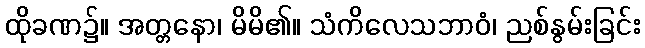
ထိုခဏ၌။ အတ္တနော၊ မိမိ၏။ သံကိလေသဘာဝံ၊ ညစ်နွမ်းခြင်း